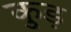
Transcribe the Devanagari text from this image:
कुड़